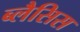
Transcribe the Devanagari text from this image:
ब्लैसिस